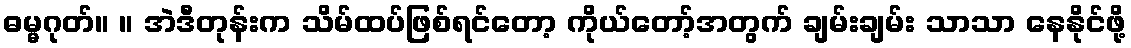
ဓမ္မဂုတ်။ ။ အဲဒီတုန်းက သိမ်ထပ်ဖြစ်ရင်တော့ ကိုယ်တော့်အတွက် ချမ်းချမ်း သာသာ နေနိုင်ဖို့